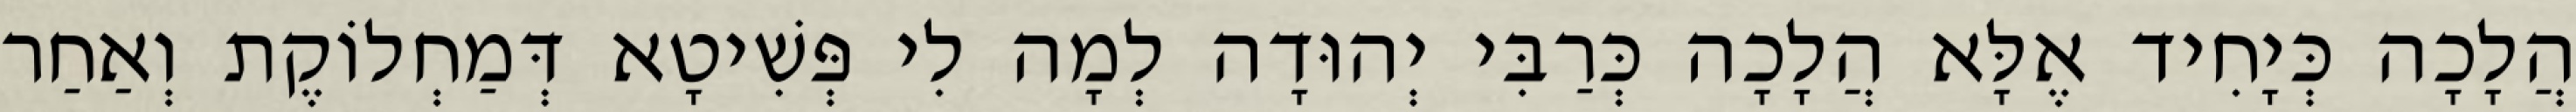
הֲלָכָה כְּיָחִיד אֶלָּא הֲלָכָה כְּרַבִּי יְהוּדָה לְמָה לִי פְּשִׁיטָא דְּמַחְלוֹקֶת וְאַחַר